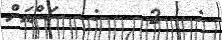
:   2    :  ސަންއަށް